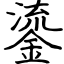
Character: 鎏